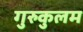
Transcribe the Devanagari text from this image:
गुरुकुलम